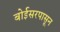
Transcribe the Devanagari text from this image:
बोईसरपासून